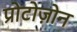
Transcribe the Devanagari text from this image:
प्रोटोज़ोन